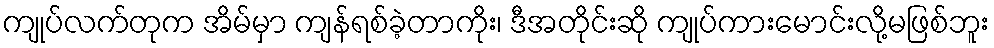
ကျုပ်လက်တုက အိမ်မှာ ကျန်ရစ်ခဲ့တာကိုး၊ ဒီအတိုင်းဆို ကျုပ်ကားမောင်းလို့မဖြစ်ဘူး